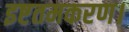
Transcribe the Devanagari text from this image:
इष्टतमकरण।